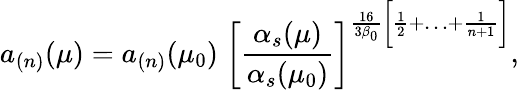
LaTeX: a_{(n)}(\mu)=a_{(n)}(\mu_{0})\; \biggl[\frac{\alpha_{s}(\mu)}{\alpha_{s}(\mu_{0})}\biggr]^{\frac{16}{3\beta_{0}}\bigg[\frac{1}{2}+\ldots+\frac{1}{n+1}\biggr]},